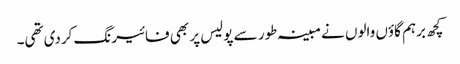
کچھ برہم گاؤں والوں نے مبینہ طور سے پولیس پر بھی فائیرنگ کردی تھی۔